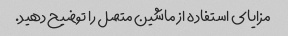
مزایای استفاده از ماشین متصل را توضیح دهید.